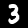
Label: 3